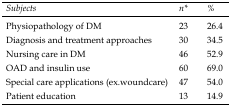
<table><thead><tr><td><b>Subjects</b></td><td><b>n*</b></td><td><b>%</b></td></tr></thead><tbody><tr><td>Physiopathology of DM</td><td>23</td><td>26.4</td></tr><tr><td>Diagnosis and treatment approaches</td><td>30</td><td>34.5</td></tr><tr><td>Nursing care in DM</td><td>46</td><td>52.9</td></tr><tr><td>OAD and insulin use</td><td>60</td><td>69.0</td></tr><tr><td>Special care applications (ex.woundcare)</td><td>47</td><td>54.0</td></tr><tr><td>Patient education</td><td>13</td><td>14.9</td></tr></tbody></table>